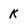
Character: k